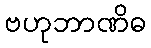
ဗဟုဘာဏိဓ